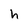
Character: h